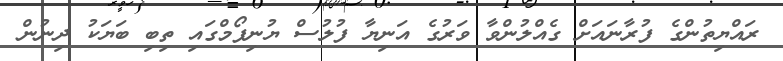
ރައްޔިތުންގެ ފުރާނައަށް ގެއްލުންވާ ވަރުގެ އަނިޔާ ފުލުސް ޔުނިފޯމްގައި ތިބި ބަޔަކު ދިނުން